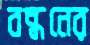
বন্ধনের